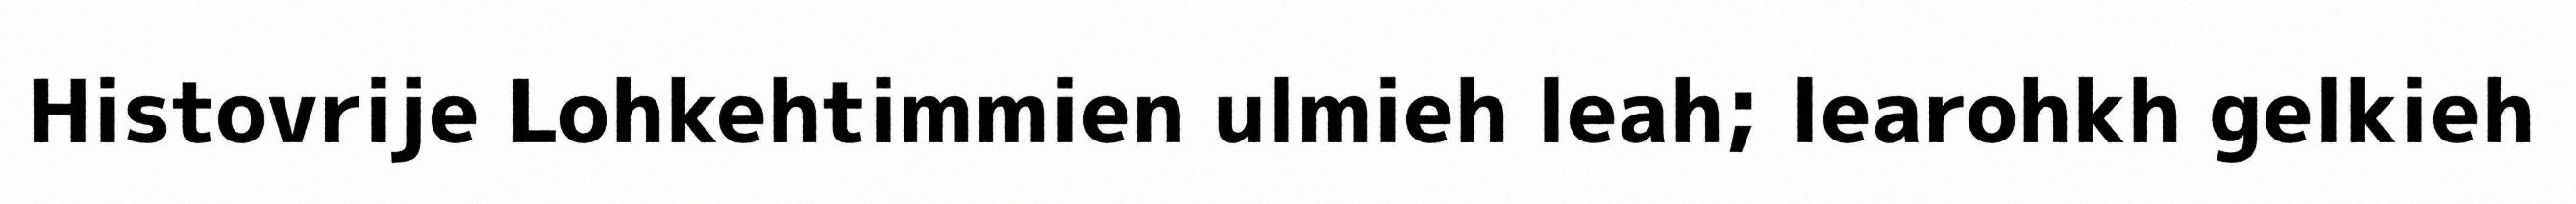
Histovrije Lohkehtimmien ulmieh leah; learohkh gelkieh